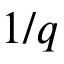
1 / q